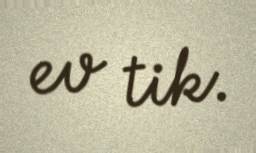
ev tik.